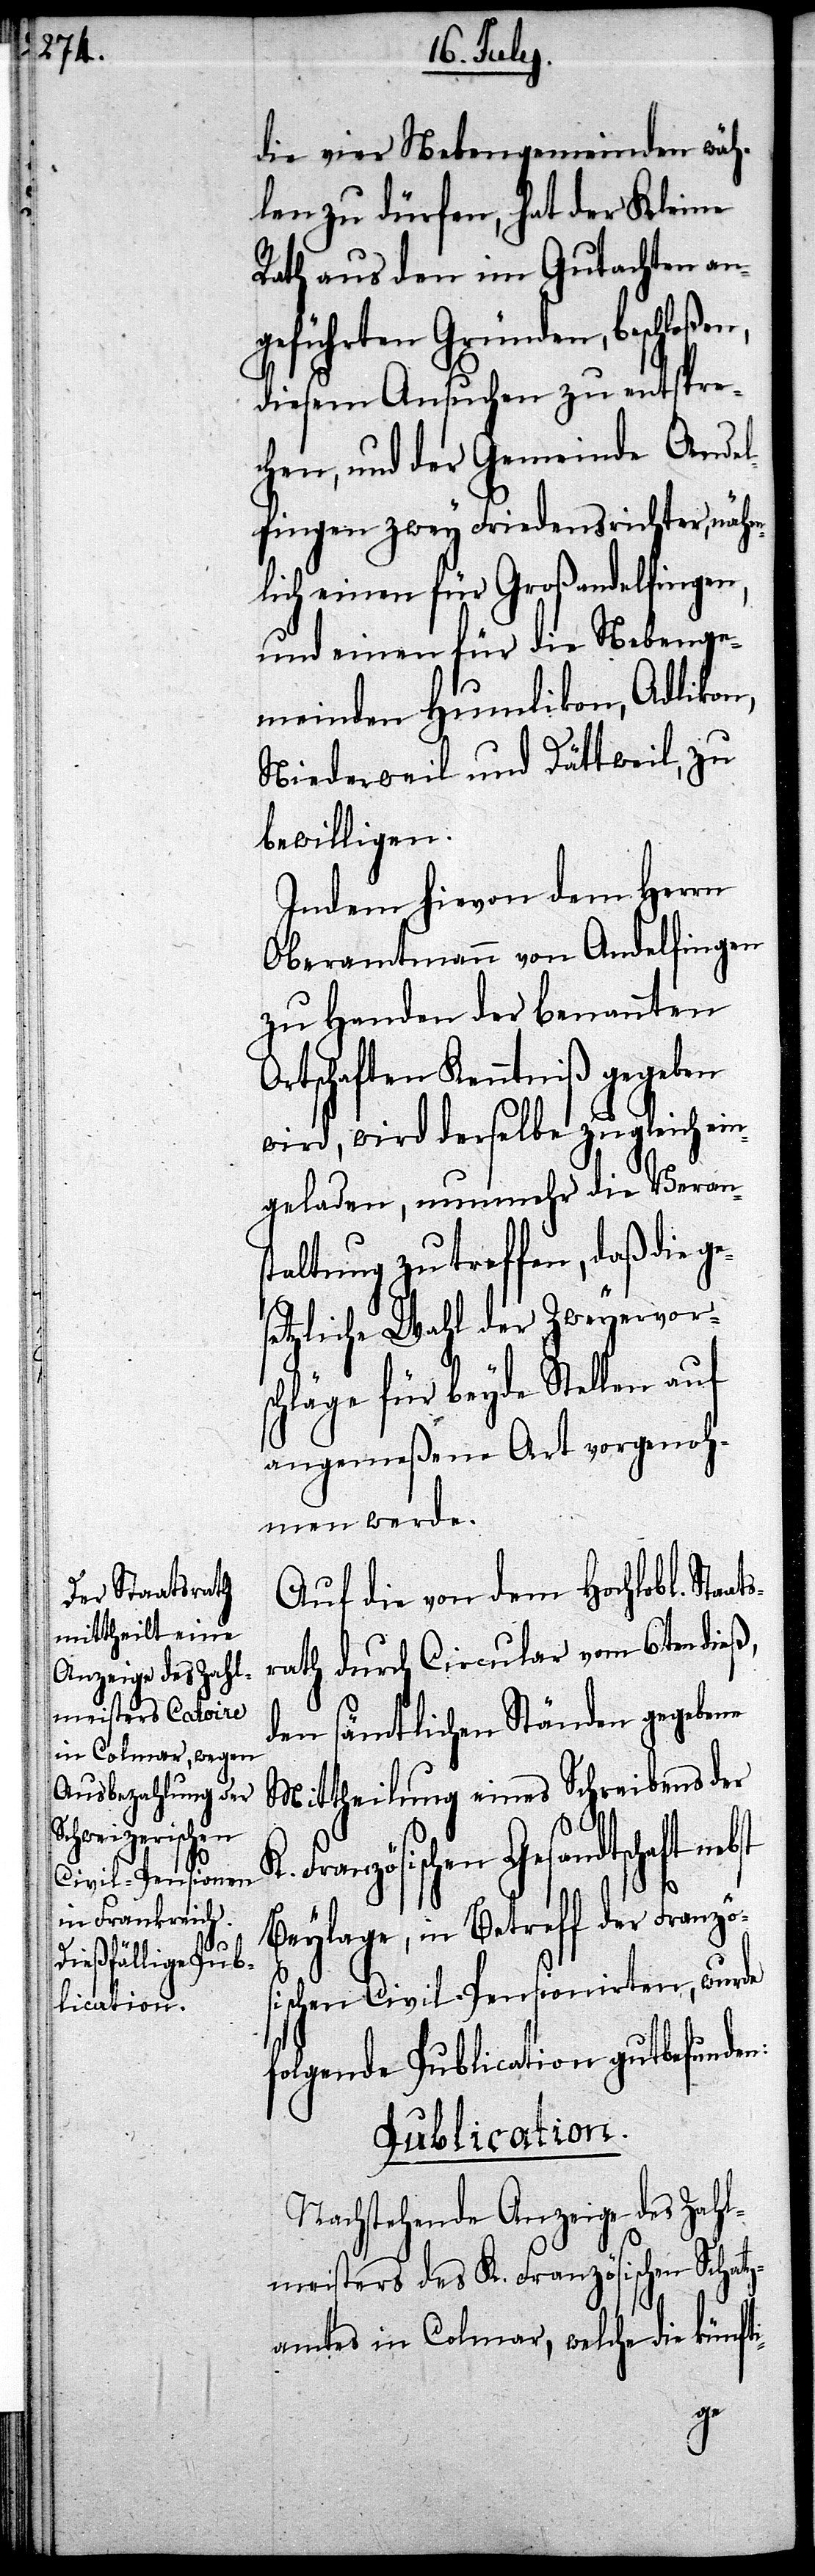
die vier Nebengemeinden wäh¬
len zu dürfen, hat der Kleine
Rath aus den im Gutachten an¬
geführten Gründen, beschloßen,
diesem Ansuchen zu entspre¬
chen, und der Gemeinde Andel¬
fingen zwey Friedensrichter, nähm¬
lich einen für Großandelfingen,
und einen für die Nebenge¬
meinden Humlikon, Adlikon,
Niederweil und Dättweil, zu
bewilligen.
Indem hievon dem Herrn
Oberamtmann von Andelfingen
zu Handen der benannten
Ortschaften Kenntniß gegeben
wird, wird derselbe zu gleich ein¬
geladen, nunmehr die Verans¬
taltung zu treffen, daß die
etzliche Wahl der Zweyervor¬
schläge für beyde Stellen auf
angemeßene Art vorgenoh¬
men werde.
Auf die von dem Hochlobl. Sta¬
rath durch Circular vom 6ten dieß,
den sämtlichen Ständen gegebene
Mittheilung eines Schreibens der
Französischen Gesandtschaft
Beylage, in Betreff der Französ¬
ischen Civil-Pensionirten, wurde
folgende Publication gutbefunden:
Publication.
Nachstehende Anzeige des Zahl¬
meisters des K. Französischen Schatz¬
amtes in Colmar, welche die künfti-
ats¬